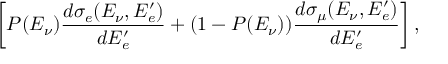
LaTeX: \left[ P ( E _ { \nu } ) \frac { d \sigma _ { e } ( E _ { \nu } , E _ { e } ^ { \prime } ) } { d E _ { e } ^ { \prime } } + ( 1 - P ( E _ { \nu } ) ) \frac { d \sigma _ { \mu } ( E _ { \nu } , E _ { e } ^ { \prime } ) } { d E _ { e } ^ { \prime } } \right] ,